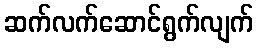
ဆက်လက်ဆောင်ရွက်လျက်